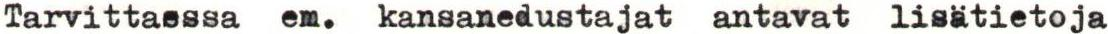
Tarvittasssa em. kansanedustajat antavat lisätietoja